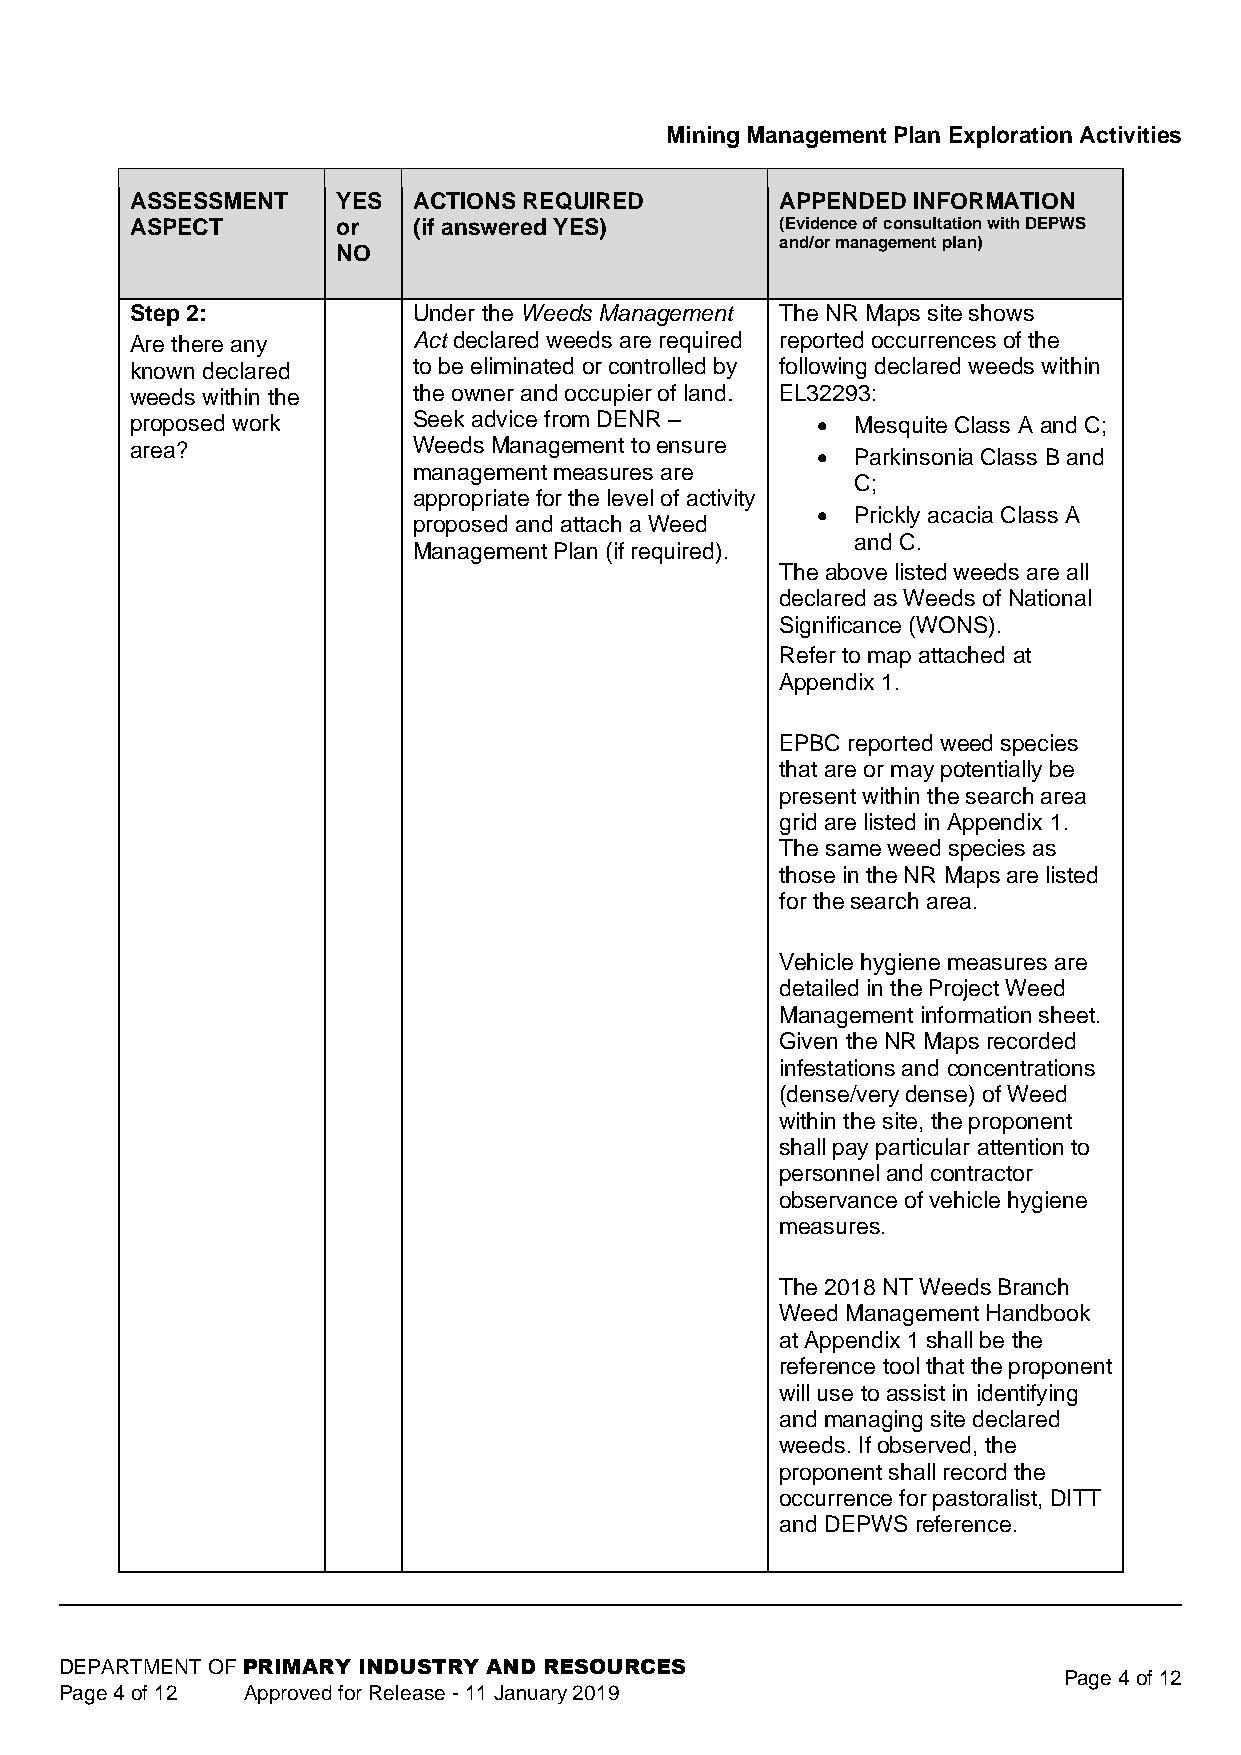
Mining Management Plan Exploration Activities
 ASSESSMENT   YES  ACTIONS REQUIRED         APPENDED INFORMATION
 ASPECT       or   (if answered YES)        (Evidence of consultation with DEPWS
 and/or management plan)
 NO
 Step 2:           Under the Weeds Management The NR Maps site shows
 Are there any     Act declared weeds are required reported occurrences of the
 known declared    to be eliminated or controlled by following declared weeds within
 weeds within the  the owner and occupier of land. EL32293:
 proposed work     Seek advice from DENR –    •  Mesquite Class A and C;
 area?             Weeds Management to ensure
 •  Parkinsonia Class B and
 management measures are
 C;
 appropriate for the level of activity
 •  Prickly acacia Class A
 proposed and attach a Weed
 and C.
 Management Plan (if required).
 The above listed weeds are all
 declared as Weeds of National
 Significance (WONS).
 Refer to map attached at
 Appendix 1.
 EPBC reported weed species
 that are or may potentially be
 present within the search area
 grid are listed in Appendix 1.
 The same weed species as
 those in the NR Maps are listed
 for the search area.
 Vehicle hygiene measures are
 detailed in the Project Weed
 Management information sheet.
 Given the NR Maps recorded
 infestations and concentrations
 (dense/very dense) of Weed
 within the site, the proponent
 shall pay particular attention to
 personnel and contractor
 observance of vehicle hygiene
 measures.
 The 2018 NT Weeds Branch
 Weed Management Handbook
 at Appendix 1 shall be the
 reference tool that the proponent
 will use to assist in identifying
 and managing site declared
 weeds. If observed, the
 proponent shall record the
 occurrence for pastoralist, DITT
 and DEPWS reference.
 DEPARTMENT OF PRIMARY INDUSTRY AND RESOURCES
 Page 4 of 12
 Page 4 of 12 Approved for Release - 11 January 2019